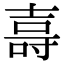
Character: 𭐖